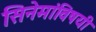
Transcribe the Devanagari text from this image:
सिनेमांविषयी